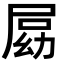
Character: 𡲍